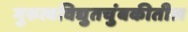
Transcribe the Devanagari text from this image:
गुरुत्वविद्युतचुंबकीतील